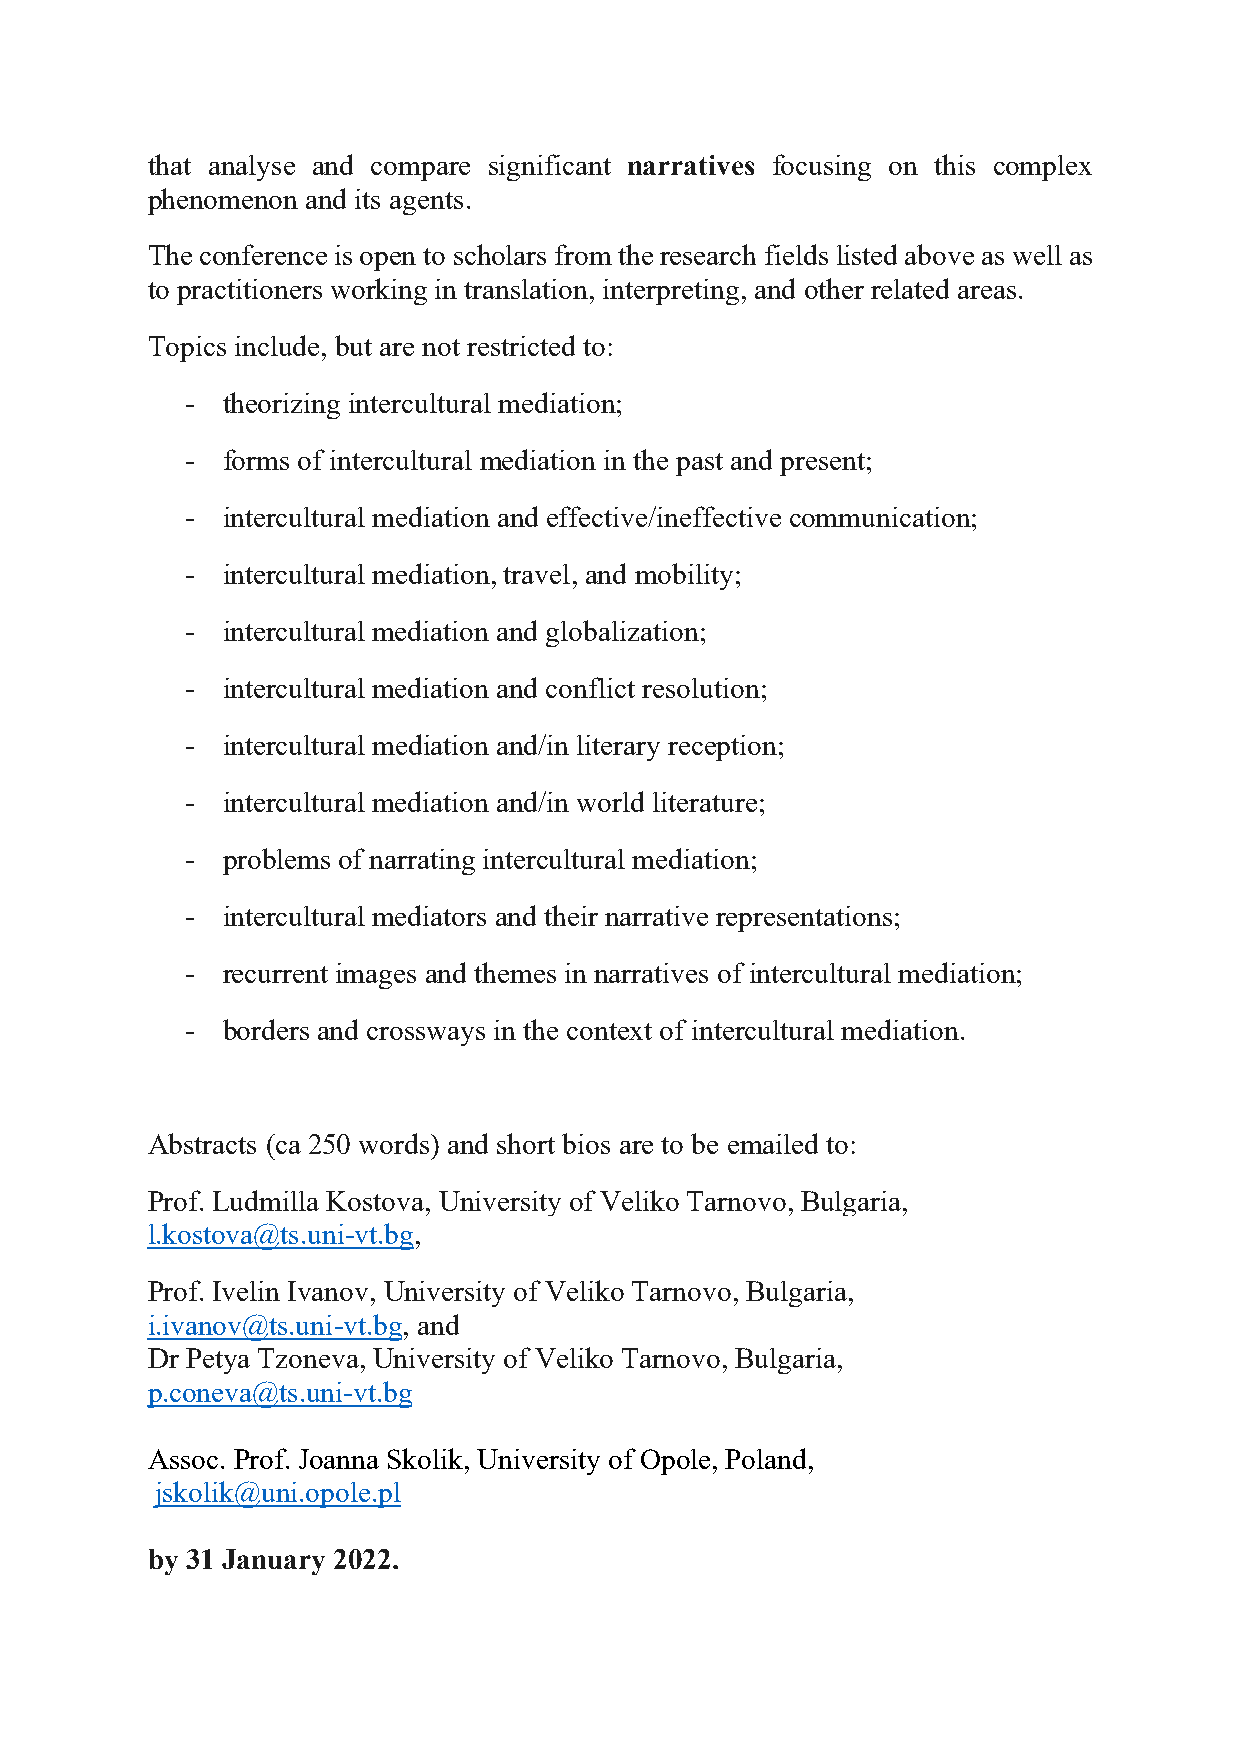
that analyse and compare significant narratives focusing on this complex
 phenomenon and its agents.
 The conference is open to scholars from the research fields listed above as well as
 to practitioners working in translation, interpreting, and other related areas.
 Topics include, but are not restricted to:
 -  theorizing intercultural mediation;
 -  forms of intercultural mediation in the past and present;
 -  intercultural mediation and effective/ineffective communication;
 -  intercultural mediation, travel, and mobility;
 -  intercultural mediation and globalization;
 -  intercultural mediation and conflict resolution;
 -  intercultural mediation and/in literary reception;
 -  intercultural mediation and/in world literature;
 -  problems of narrating intercultural mediation;
 -  intercultural mediators and their narrative representations;
 -  recurrent images and themes in narratives of intercultural mediation;
 -  borders and crossways in the context of intercultural mediation.
 Abstracts (ca 250 words) and short bios are to be emailed to:
 Prof. Ludmilla Kostova, University of Veliko Tarnovo, Bulgaria,
 l.kostova@ts.uni-vt.bg,
 Prof. Ivelin Ivanov, University of Veliko Tarnovo, Bulgaria,
 i.ivanov@ts.uni-vt.bg, and
 Dr Petya Tzoneva, University of Veliko Tarnovo, Bulgaria,
 p.coneva@ts.uni-vt.bg
 Assoc. Prof. Joanna Skolik, University of Opole, Poland,
 jskolik@uni.opole.pl
 by 31 January 2022.